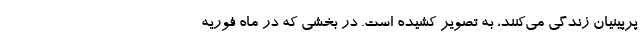
پرپینیان زندگی می‌کنند، به تصویر کشیده است. در بخشی که در ماه فوریه